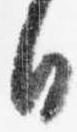
日